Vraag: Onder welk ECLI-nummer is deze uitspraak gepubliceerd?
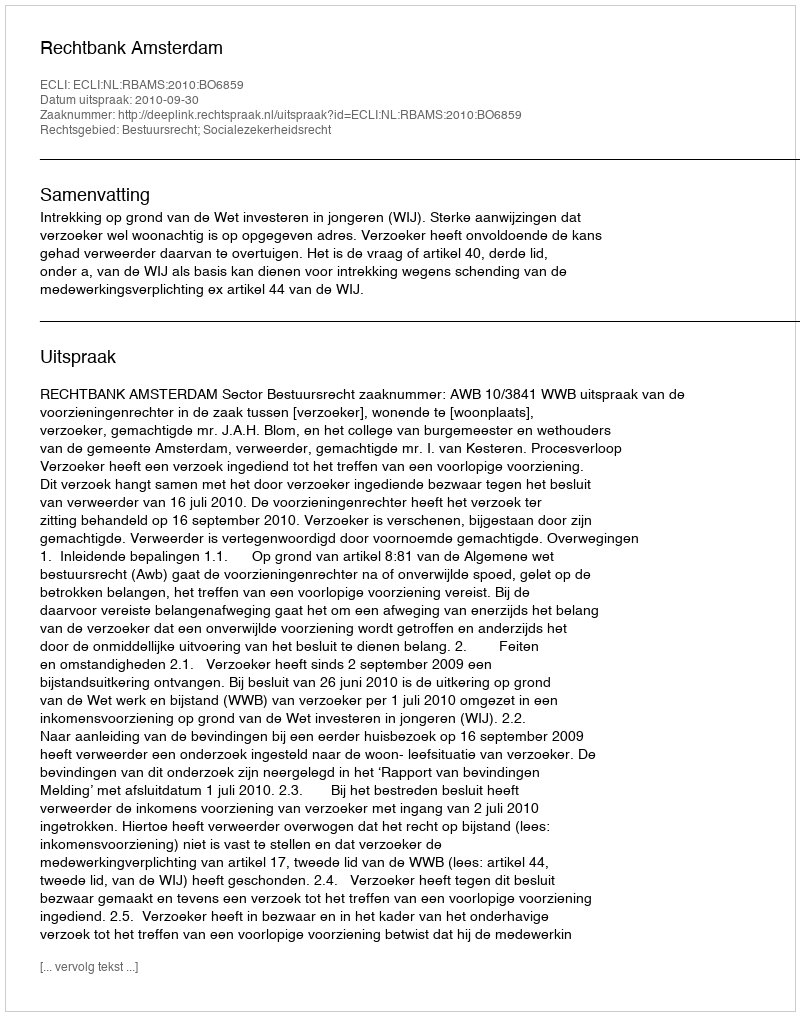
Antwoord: ECLI:NL:RBAMS:2010:BO6859